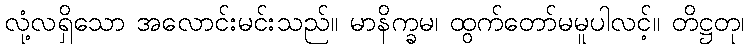
လုံ့လရှိသော အလောင်းမင်းသည်။ မာနိက္ခမ၊ ထွက်တော်မမူပါလင့်။ တိဋ္ဌတု၊